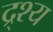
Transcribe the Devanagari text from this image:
द्र्श्य